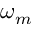
\omega _ { m }